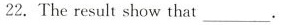
22. The result show that ___.